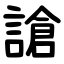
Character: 謒